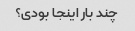
چند بار اینجا بودی؟